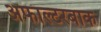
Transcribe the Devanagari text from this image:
अफाल्टरबाक